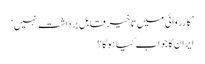
’کارروائی میں تاخیر قابلِ برداشت نہیں‘
ایران کا جواب کیا ہو گا؟